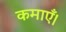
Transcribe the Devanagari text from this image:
कमाएँ।